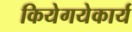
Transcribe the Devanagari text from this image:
कियेगयेकार्य